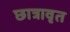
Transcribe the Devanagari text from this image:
छात्रावृत